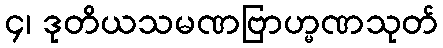
၄၊ ဒုတိယသမဏဗြာဟ္မဏသုတ်